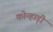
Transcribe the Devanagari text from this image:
कोन्हाड़ी